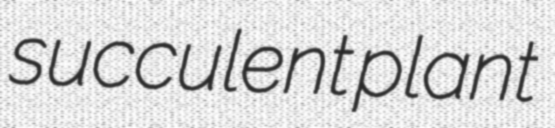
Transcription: succulent plant